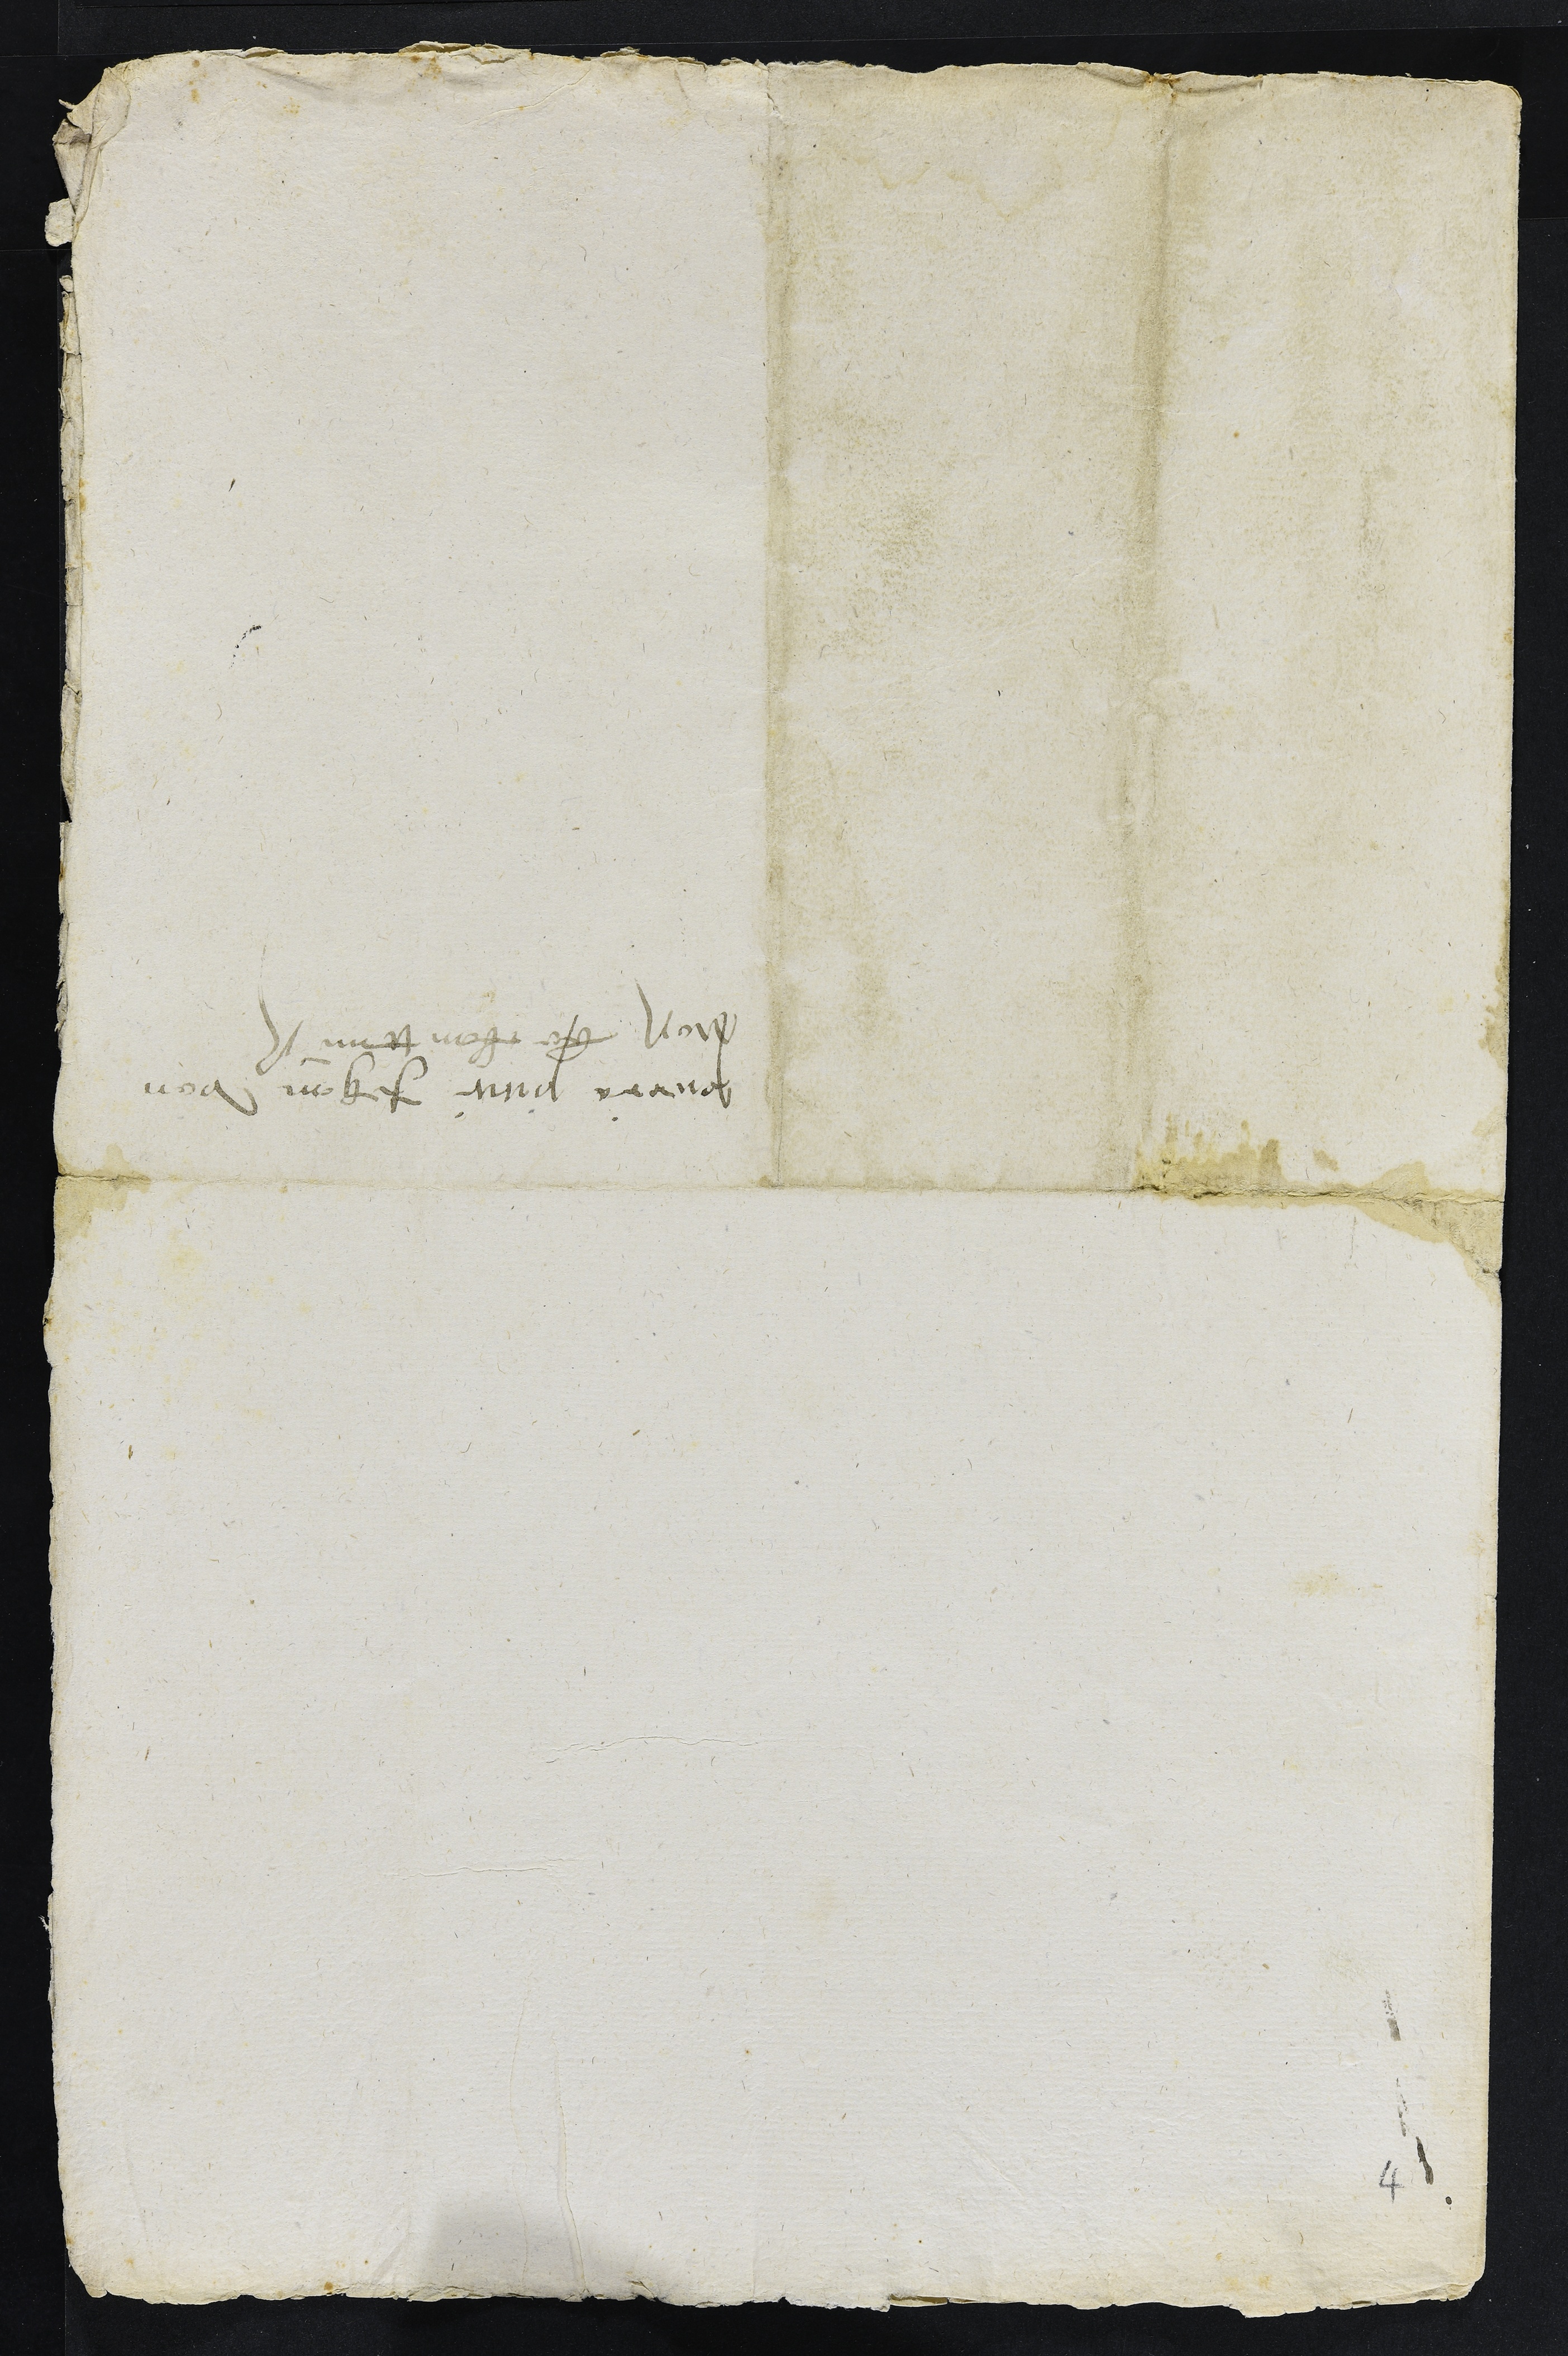
pierra pitit Jehan von
Noss beckanttnuss
4